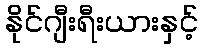
နိုင်ဂျီးရီးယားနှင့်